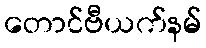
တောင်ဗီယက်နမ်